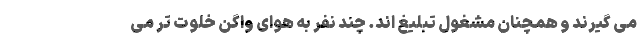
می گیرند و همچنان مشغول تبلیغ اند. چند نفر به هوای واگن خلوت تر می